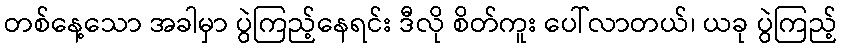
တစ်နေ့သော အခါမှာ ပွဲကြည့်နေရင်း ဒီလို စိတ်ကူး ပေါ်လာတယ်၊ ယခု ပွဲကြည့်